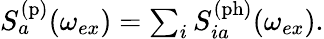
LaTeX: \begin{array}{r}{S_{a}^{\mathrm{(p)}}(\omega_{ex})=\sum_{i}S_{ia}^{\mathrm{(ph)}}(\omega_{ex}).}\end{array}